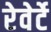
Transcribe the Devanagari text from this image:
रेवेर्टे